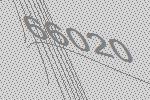
66020